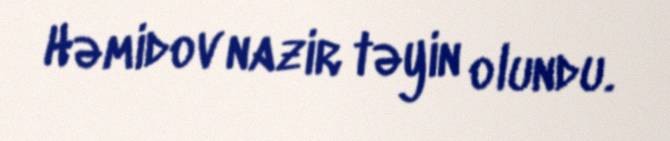
Həmidov nazir təyin olundu.